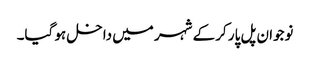
نوجوان پل پار کر کے شہر میں داخل ہو گیا۔